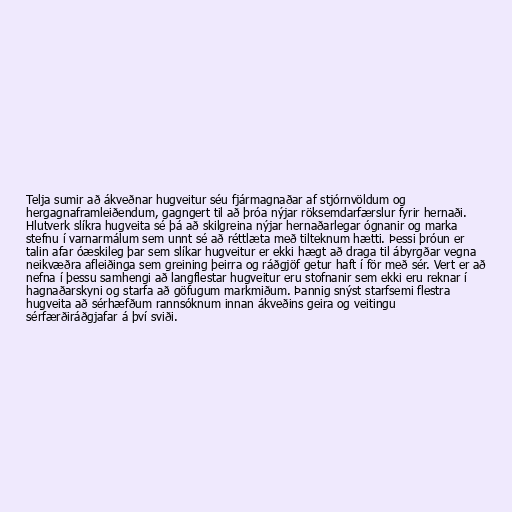
Telja sumir að ákveðnar hugveitur séu fjármagnaðar af stjórnvöldum og
hergagnaframleiðendum, gagngert til að þróa nýjar röksemdarfærslur fyrir hernaði.
Hlutverk slíkra hugveita sé þá að skilgreina nýjar hernaðarlegar ógnanir og marka
stefnu í varnarmálum sem unnt sé að réttlæta með tilteknum hætti. Þessi þróun er
talin afar óæskileg þar sem slíkar hugveitur er ekki hægt að draga til ábyrgðar vegna
neikvæðra afleiðinga sem greining þeirra og ráðgjöf getur haft í för með sér. Vert er að
nefna í þessu samhengi að langflestar hugveitur eru stofnanir sem ekki eru reknar í
hagnaðarskyni og starfa að göfugum markmiðum. Þannig snýst starfsemi flestra
hugveita að sérhæfðum rannsóknum innan ákveðins geira og veitingu
sérfærðiráðgjafar á því sviði.